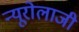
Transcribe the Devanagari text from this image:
न्यूरोलाजी